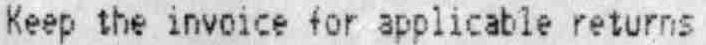
KEEP THE INVOICE FOR APPLICABLE RETURNS